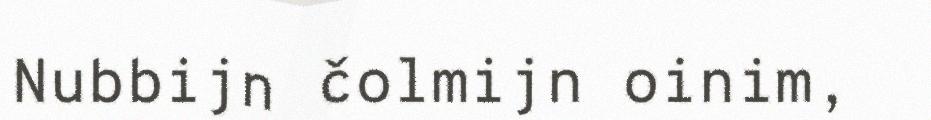
Nubbijn čolmijn oinim,